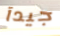
جيدآ